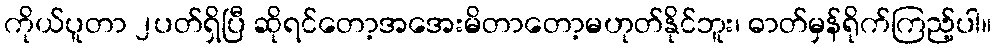
ကိုယ်ပူတာ ၂ပတ်ရှိပြီ ဆိုရင်တော့အအေးမိတာတော့မဟုတ်နိုင်ဘူး၊ ဓာတ်မှန်ရိုက်ကြည့်ပါ။